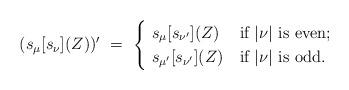
LaTeX: \begin{align*} (s_\mu[s_\nu](Z))'\ = \ \begin{cases}\ s_\mu[s_{\nu'}](Z)&\mbox{if $|\nu|$ is even};\cr \ s_{\mu'}[s_{\nu'}](Z)&\mbox{if $|\nu|$ is odd}.\cr \end{cases}\end{align*}